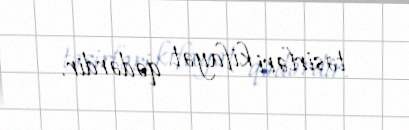
təsirləri kifayət qədərdir.